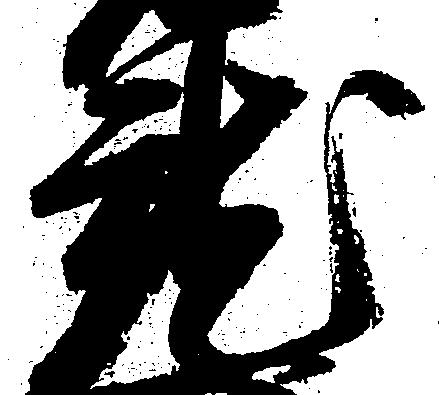
就